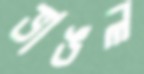
ভাঙল